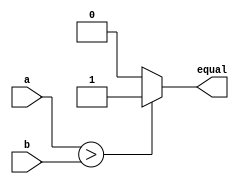
`timescale 1ns/1ps
module compare(
    input [7 : 0]  a,b,
	output  equal
	);
	assign equal=(a>b)?1:0;
endmodule